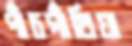
পাঁচগাঁথিয়া